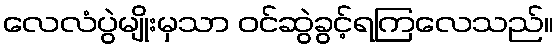
လေလံပွဲမျိုးမှသာ ဝင်ဆွဲခွင့်ရကြလေသည်။